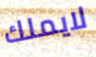
لايملك